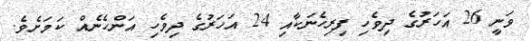
ވަނީ 26 އަހަރުގެ ދިވެހި ފިރިހެނަކާއި 24 އަހަރުގެ ދިވެހި އަންހެނެއް ކަމަށެވެ.